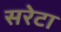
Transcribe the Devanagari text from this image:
सरेटा